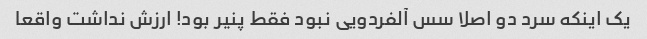
یک اینکه سرد دو اصلا سس آلفردویی نبود فقط پنیر بود! ارزش نداشت واقعا